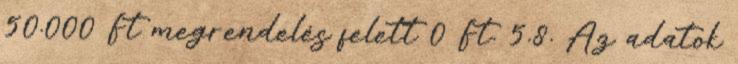
50.000 Ft megrendelés felett 0 Ft. 5.8. Az adatok